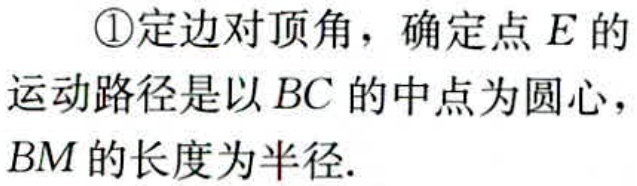
\textcircled{1}定边对顶角，确定点\(E\)的

运动路径是以\(BC\)的中点为圆心，

\(BM\)的长度为半径.